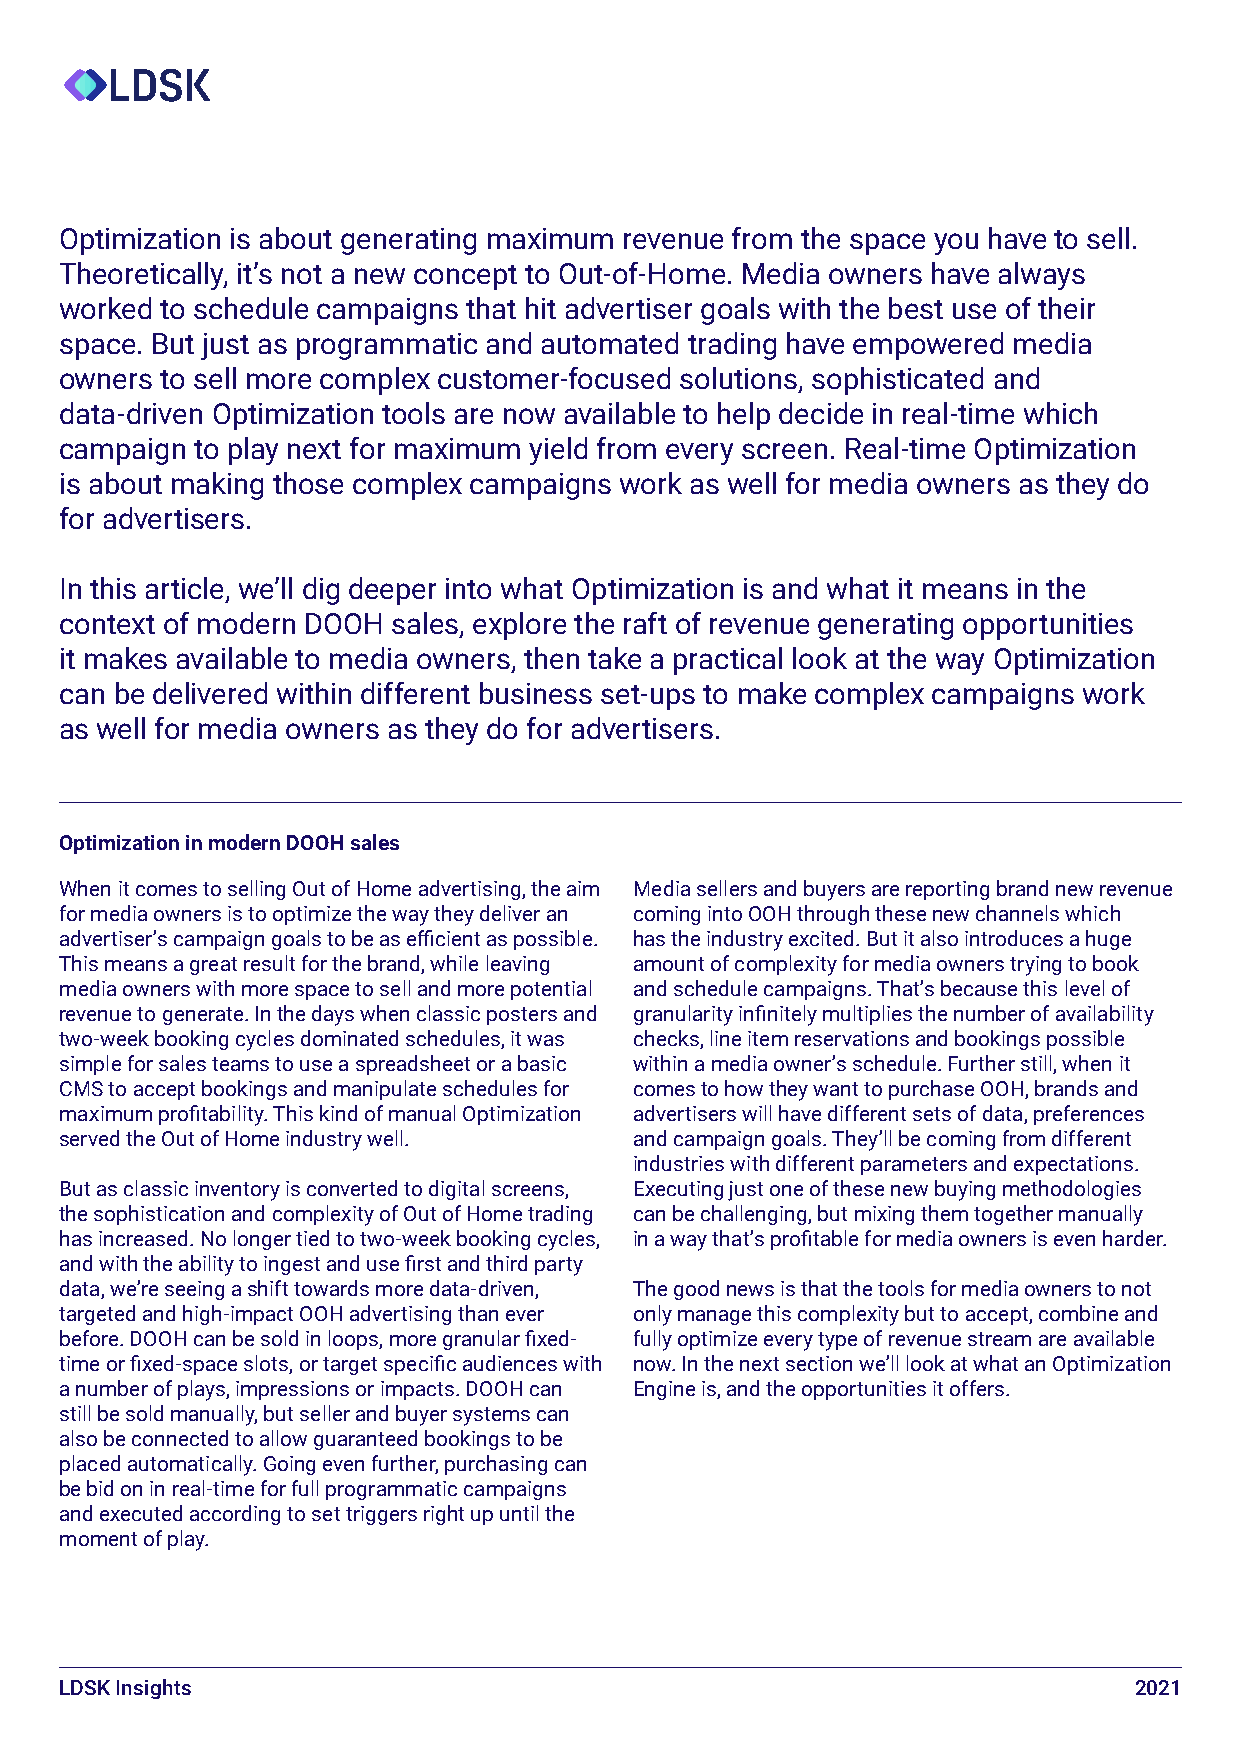
Optimization is about generating maximum revenue from the space you have to sell.
 Theoretically, it’s not a new concept to Out-of-Home. Media owners have always
 worked to schedule campaigns that hit advertiser goals with the best use of their
 space. But just as programmatic and automated trading have empowered media
 owners to sell more complex customer-focused solutions, sophisticated and
 data-driven Optimization tools are now available to help decide in real-time which
 campaign to play next for maximum yield from every screen. Real-time Optimization
 is about making those complex campaigns work as well for media owners as they do
 for advertisers.
 In this article, we’ll dig deeper into what Optimization is and what it means in the
 context of modern DOOH sales, explore the raft of revenue generating opportunities
 it makes available to media owners, then take a practical look at the way Optimization
 can be delivered within different business set-ups to make complex campaigns work
 as well for media owners as they do for advertisers.
 Optimization in modern DOOH sales
 When it comes to selling Out of Home advertising, the aim Media sellers and buyers are reporting brand new revenue
 for media owners is to optimize the way they deliver an coming into OOH through these new channels which
 advertiser’s campaign goals to be as efficient as possible. has the industry excited. But it also introduces a huge
 This means a great result for the brand, while leaving amount of complexity for media owners trying to book
 media owners with more space to sell and more potential and schedule campaigns. That’s because this level of
 revenue to generate. In the days when classic posters and granularity infinitely multiplies the number of availability
 two-week booking cycles dominated schedules, it was checks, line item reservations and bookings possible
 simple for sales teams to use a spreadsheet or a basic within a media owner’s schedule. Further still, when it
 CMS to accept bookings and manipulate schedules for comes to how they want to purchase OOH, brands and
 maximum profitability. This kind of manual Optimization advertisers will have different sets of data, preferences
 served the Out of Home industry well. and campaign goals. They’ll be coming from different
 industries with different parameters and expectations.
 But as classic inventory is converted to digital screens, Executing just one of these new buying methodologies
 the sophistication and complexity of Out of Home trading can be challenging, but mixing them together manually
 has increased. No longer tied to two-week booking cycles, in a way that’s profitable for media owners is even harder.
 and with the ability to ingest and use first and third party
 data, we’re seeing a shift towards more data-driven, The good news is that the tools for media owners to not
 targeted and high-impact OOH advertising than ever only manage this complexity but to accept, combine and
 before. DOOH can be sold in loops, more granular fixed- fully optimize every type of revenue stream are available
 time or fixed-space slots, or target specific audiences with now. In the next section we’ll look at what an Optimization
 a number of plays, impressions or impacts. DOOH can Engine is, and the opportunities it offers.
 still be sold manually, but seller and buyer systems can
 also be connected to allow guaranteed bookings to be
 placed automatically. Going even further, purchasing can
 be bid on in real-time for full programmatic campaigns
 and executed according to set triggers right up until the
 moment of play.
 LDSK Insights                                                          2021